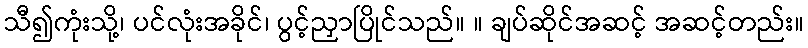
သီ၍ကုံးသို့၊ ပင်လုံးအခိုင်၊ ပွင့်ညှာပြိုင်သည်။ ။ ချပ်ဆိုင်အဆင့် အဆင့်တည်း။